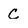
Character: C